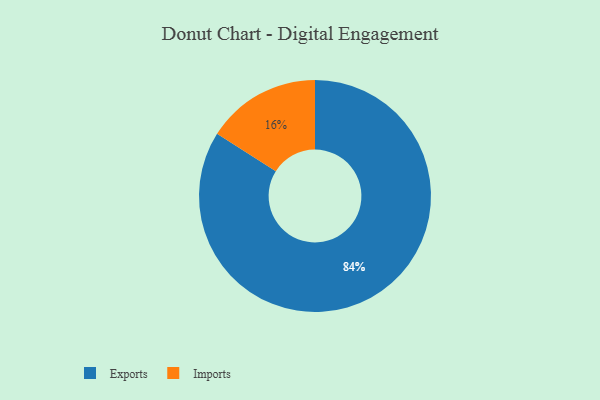
{"axis": {"x": "Category", "y": "Percentage"}, "legend": ["Exports", "Imports"], "data": [{"x": "Imports", "y": 16, "type": "Imports"}, {"x": "Exports", "y": 84, "type": "Exports"}]}